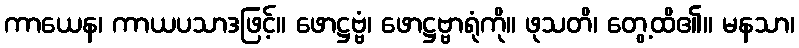
ကာယေန၊ ကာယပသာဒဖြင့်။ ဖောဋ္ဌဗ္ဗံ၊ ဖောဋ္ဌဗ္ဗာရုံကို။ ဖုသတိ၊ တွေ့ထိ၏။ မနသာ၊